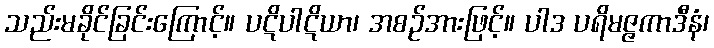
သည်းမခိုင်ခြင်းကြောင့်။ ပဋိပါဋိယာ၊ အစဉ်အားဖြင့်။ ပါဒ ပရိမဇ္ဇကာဒီနံ၊